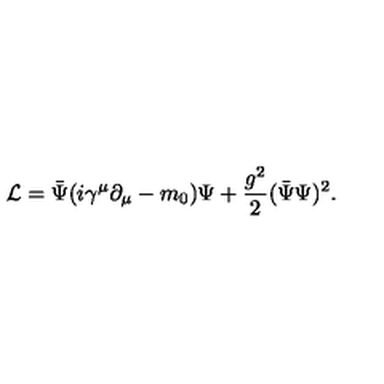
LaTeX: { \cal L } = \bar { \Psi } ( i \gamma ^ { \mu } \partial _ { \mu } - m _ { 0 } ) \Psi + \frac { g ^ { 2 } } { 2 } ( \bar { \Psi } \Psi ) ^ { 2 } .